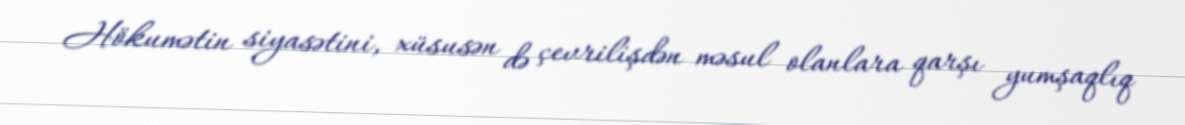
Hökumətin siyasətini, xüsusən də çevrilişdən məsul olanlara qarşı yumşaqlıq